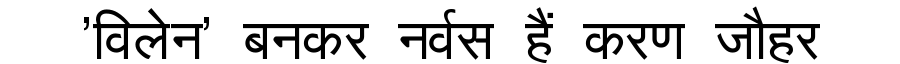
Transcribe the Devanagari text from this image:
'विलेन' बनकर नर्वस हैं करण जौहर